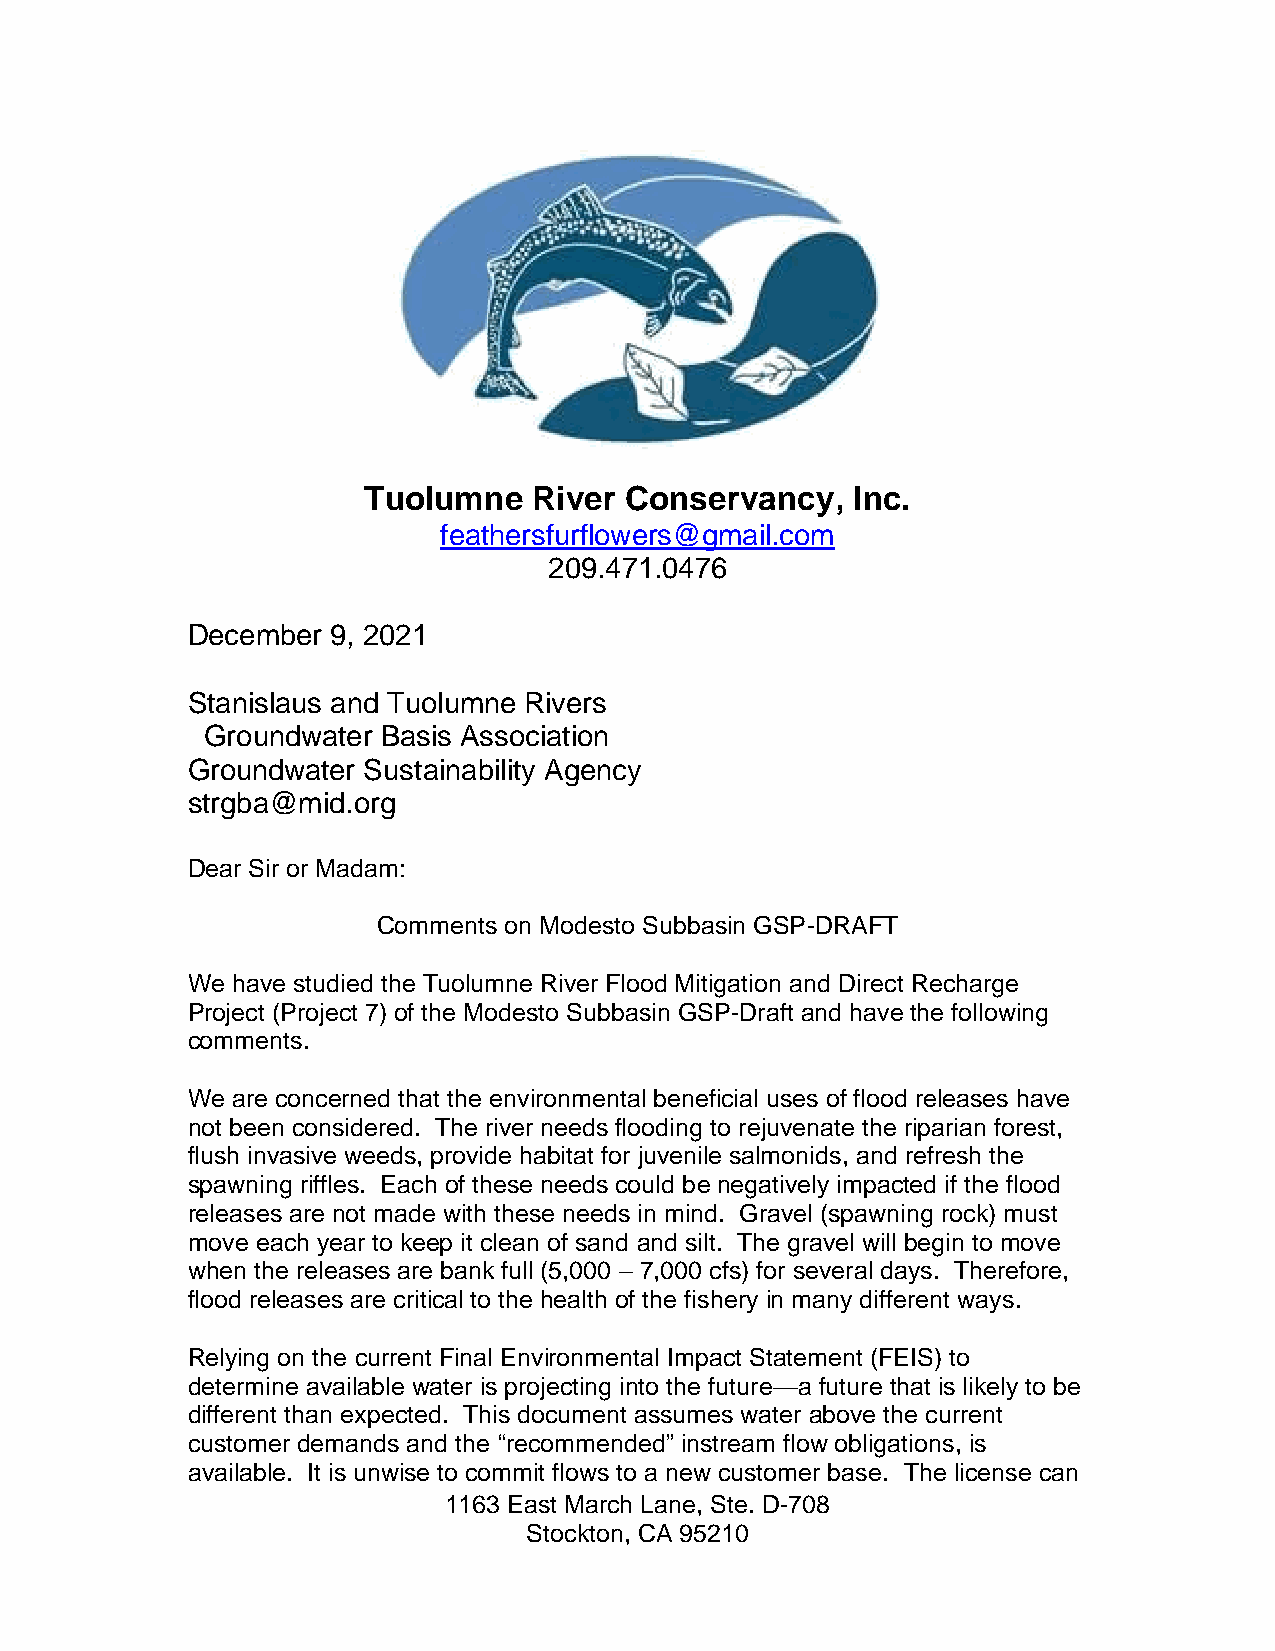
Tuolumne   River Conservancy,   Inc.
 feathersfurflowers@gmail.com
 209.471.0476
 December  9, 2021
 Stanislaus and Tuolumne Rivers
 Groundwater Basis Association
 Groundwater Sustainability Agency
 strgba@mid.org
 Dear Sir or Madam:
 Comments on Modesto Subbasin GSP-DRAFT
 We have studied the Tuolumne River Flood Mitigation and Direct Recharge
 Project (Project 7) of the Modesto Subbasin GSP-Draft and have the following
 comments.
 We are concerned that the environmental beneficial uses of flood releases have
 not been considered. The river needs flooding to rejuvenate the riparian forest,
 flush invasive weeds, provide habitat for juvenile salmonids, and refresh the
 spawning riffles. Each of these needs could be negatively impacted if the flood
 releases are not made with these needs in mind. Gravel (spawning rock) must
 move each year to keep it clean of sand and silt. The gravel will begin to move
 when the releases are bank full (5,000 – 7,000 cfs) for several days. Therefore,
 flood releases are critical to the health of the fishery in many different ways.
 Relying on the current Final Environmental Impact Statement (FEIS) to
 determine available water is projecting into the future—a future that is likely to be
 different than expected. This document assumes water above the current
 customer demands and the “recommended” instream flow obligations, is
 available. It is unwise to commit flows to a new customer base. The license can
 1163 East March Lane, Ste. D-708
 Stockton, CA 95210